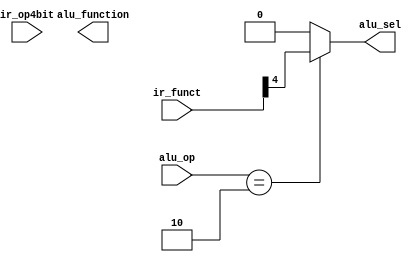

module alu_ctrl(ir_funct, ir_op4bit, alu_op, 
                alu_function, alu_sel);

//Define
`define OPERATE 5

`define ALU_IOP_CHECK  ir_op4bit[03:01]
`define ALU_IOP_SLTI  3'b101
`define ALU_IOP_SLTIU 3'b101
`define ALU_IOP_CTRL_STANDARD  {ir_op4bit[03],1'b0,ir_op4bit[06:04]}
`define ALU_IOP_CTRL_SHIT  {ir_op4bit[03],1'b1,ir_op4bit[06:04]}
`define ALU_IOP_SEL  1'b0

`define FUNC      ir_funct[05:00]
`define FUNC_CTRL {ir_funct[05],ir_funct[03:00]}
`define FUNC_SEL ir_funct[04]

`define LW_SW      2'b00
`define BEQ        2'b01
`define RMATH      2'b10
`define IMATH      2'b11
`define LWSW_ADD   5'b10000
`define BEQ_SUB    5'b10010


//Inputs 
//from ctrl
input [05:00]ir_funct;
input [03:00]ir_op4bit;
input [01:00]alu_op;


//Outputs
output[`OPERATE-1:00]alu_function; 
output alu_sel;



/***********************************************************/


//Connection of graph
//ALU control
reg [`OPERATE-1:00]ctrl_ALU;
assign alu_sel=(alu_op==`RMATH)?`FUNC_SEL:`ALU_IOP_SEL;
always@(ir_funct,ir_op4bit,alu_op)begin
	case(alu_op)
		`LW_SW:begin
			ctrl_ALU=`LWSW_ADD;
		end
		`BEQ:begin
			ctrl_ALU=`BEQ_SUB;
		end
		`RMATH:begin
			ctrl_ALU=`FUNC_CTRL;	
		end
		`IMATH:begin
			if(ir_op4bit==`ALU_IOP_SLTI)
				ctrl_ALU=`ALU_IOP_CTRL_SHIT;
			else
				ctrl_ALU=`ALU_IOP_CTRL_STANDARD;
		end
		default:begin
			ctrl_ALU=5'b00000;
			$display("Error in EX!");
		end
		endcase
end


/***********************************************************/


endmodule